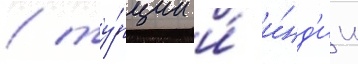
/ ту́рции и́ и́нд'ии